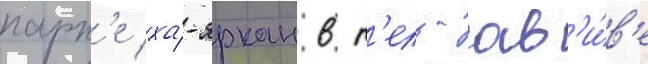
парк'е ха́-яркон в т'ель-ав'и́в'е